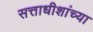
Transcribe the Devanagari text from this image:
सत्ताधीशांच्या